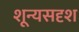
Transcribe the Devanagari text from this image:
शून्यसदृश